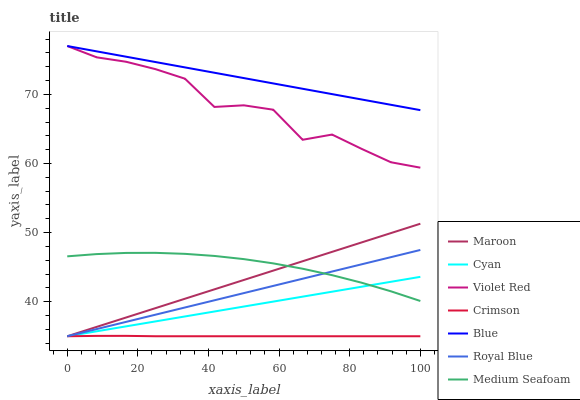
| xaxis_label | Maroon | Cyan | Violet Red | Crimson | Blue | Royal Blue | Medium Seafoam |
 | --- | --- | --- | --- | --- | --- | --- | --- |
 | 0 | 35 | 35 | 77 | 35 | 77 | 35 | 46.6 |
 | 8.33 | 36.4 | 35.7 | 75.4 | 35.1 | 76.2 | 36 | 46.9 |
 | 16.7 | 37.7 | 36.4 | 74.7 | 35.1 | 75.5 | 37.1 | 47.1 |
 | 25 | 39.1 | 37.1 | 73.7 | 35 | 74.7 | 38.1 | 47.1 |
 | 33.3 | 40.4 | 37.9 | 72.3 | 35 | 73.9 | 39.2 | 46.9 |
 | 41.7 | 41.8 | 38.6 | 68.2 | 35 | 73.1 | 40.2 | 46.6 |
 | 50 | 43.1 | 39.3 | 68.4 | 35 | 72.4 | 41.2 | 46.2 |
 | 58.3 | 44.5 | 40 | 67.8 | 35 | 71.6 | 42.3 | 45.5 |
 | 66.7 | 45.9 | 40.7 | 63.4 | 35 | 70.8 | 43.3 | 44.8 |
 | 75 | 47.2 | 41.4 | 64.2 | 35 | 70 | 44.4 | 43.8 |
 | 83.3 | 48.6 | 42.2 | 62.1 | 35 | 69.3 | 45.4 | 42.8 |
 | 91.7 | 49.9 | 42.9 | 60.2 | 35 | 68.5 | 46.4 | 41.5 |
 | 100 | 51.3 | 43.6 | 59.4 | 35 | 67.7 | 47.5 | 40.1 |